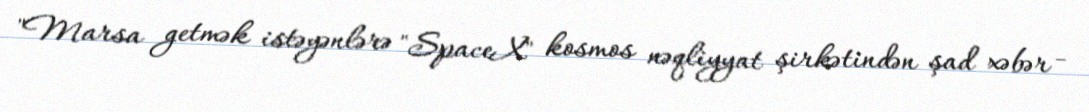
"Marsa getmək istəyənlərə "SpaceX" kosmos nəqliyyat şirkətindən şad xəbər -